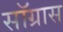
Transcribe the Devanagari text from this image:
सॉग्रास